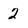
Character: 2